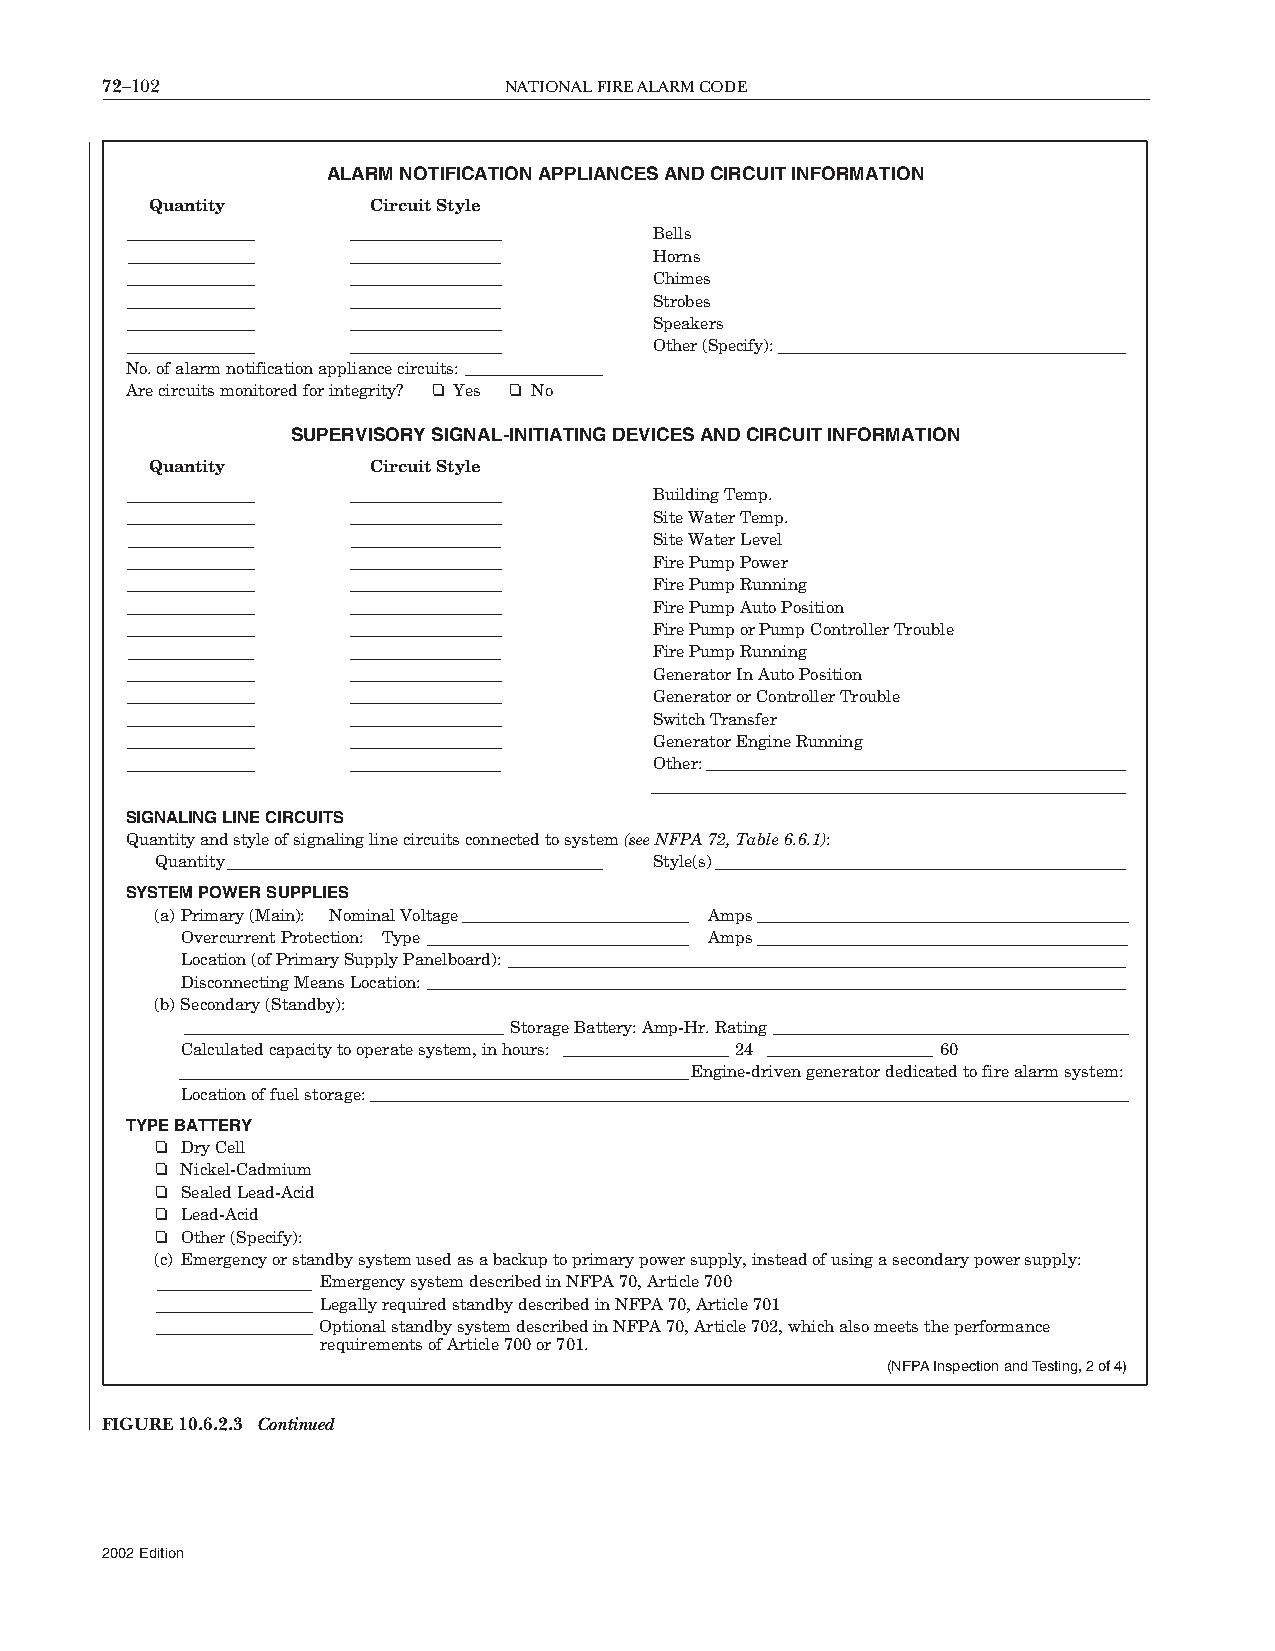
72–102                    NATIONALFIREALARMCODE
 ALARM NOTIFICATION APPLIANCES AND CIRCUIT INFORMATION
 Quantity      Circuit Style
 Bells
 Horns
 Chimes
 Strobes
 Speakers
 Other (Specify):
 No. of alarm notification appliance circuits:
 Are circuits monitored for integrity? ❏ Yes ❏ No
 SUPERVISORY SIGNAL-INITIATING DEVICES AND CIRCUIT INFORMATION
 Quantity      Circuit Style
 Building Temp.
 Site Water Temp.
 Site Water Level
 Fire Pump Power
 Fire Pump Running
 Fire Pump Auto Position
 Fire Pump or Pump Controller Trouble
 Fire Pump Running
 Generator In Auto Position
 Generator or Controller Trouble
 Switch Transfer
 Generator Engine Running
 Other:
 SIGNALING LINE CIRCUITS
 Quantity and style of signaling line circuits connected to system (see NFPA 72, Table 6.6.1):
 Quantity                         Style(s)
 SYSTEM POWER SUPPLIES
 (a) Primary (Main): Nominal Voltage  Amps
 Overcurrent Protection: Type       Amps
 Location (of Primary Supply Panelboard):
 Disconnecting Means Location:
 (b) Secondary (Standby):
 Storage Battery: Amp-Hr. Rating
 Calculated capacity to operate system, in hours: 24 60
 Engine-driven generator dedicated to fire alarm system:
 Location of fuel storage:
 TYPE BATTERY
 ❏ Dry Cell
 ❏ Nickel-Cadmium
 ❏ Sealed Lead-Acid
 ❏ Lead-Acid
 ❏ Other (Specify):
 (c) Emergency or standby system used as a backup to primary power supply, instead of using a secondary power supply:
 Emergency system described in NFPA 70, Article 700
 Legally required standby described in NFPA 70, Article 701
 Optional standby system described in NFPA 70, Article 702, which also meets the performance
 requirements of Article 700 or 701.
 (NFPA Inspection and Testing, 2 of 4)
 FIGURE10.6.2.3 Continued
 2002Edition